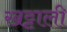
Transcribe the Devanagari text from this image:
खट्टाली